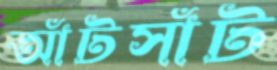
আঁটসাঁট